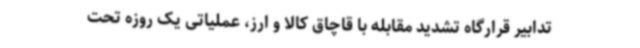
تدابیر قرارگاه تشدید مقابله با قاچاق کالا و ارز، عملیاتی یک روزه تحت